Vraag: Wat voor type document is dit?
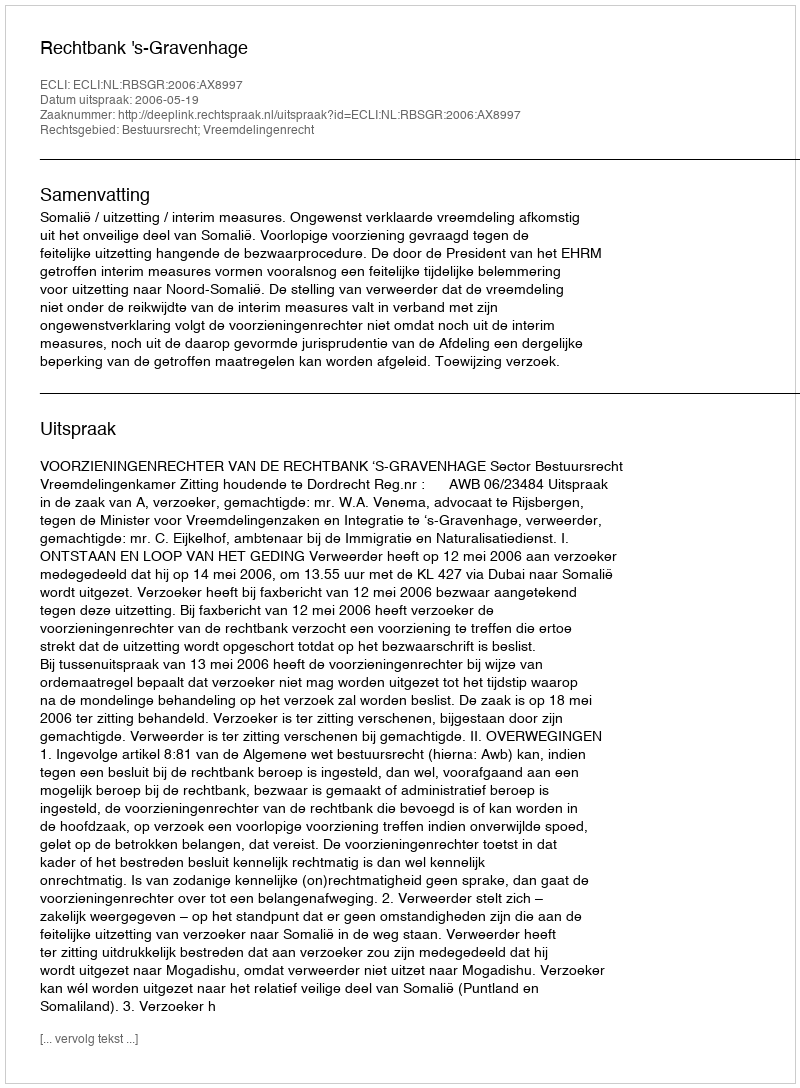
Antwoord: Uitspraak